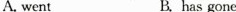
A. went B. has gone